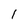
Character: 1